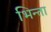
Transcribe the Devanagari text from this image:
भिन्ता